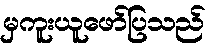
မှကူးယူဖော်ပြသည်